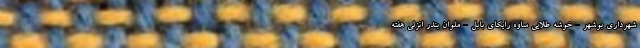
شهرداری بوشهر - خوشه طلایی ساوه رایکای بابل - ملوان بندر انزلی هفته